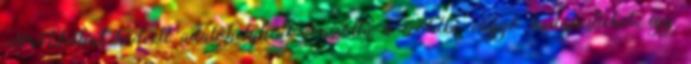
Törökbálint kedvelt üdülõhelyként vonzotta a zöldbe vágyó budapestieket, így